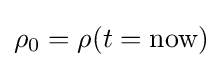
\rho _{0}=\rho (t={\text{now}})